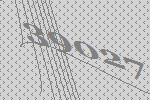
39027